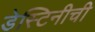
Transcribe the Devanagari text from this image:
डेस्टिनीची